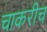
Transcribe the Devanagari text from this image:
चाकरीच